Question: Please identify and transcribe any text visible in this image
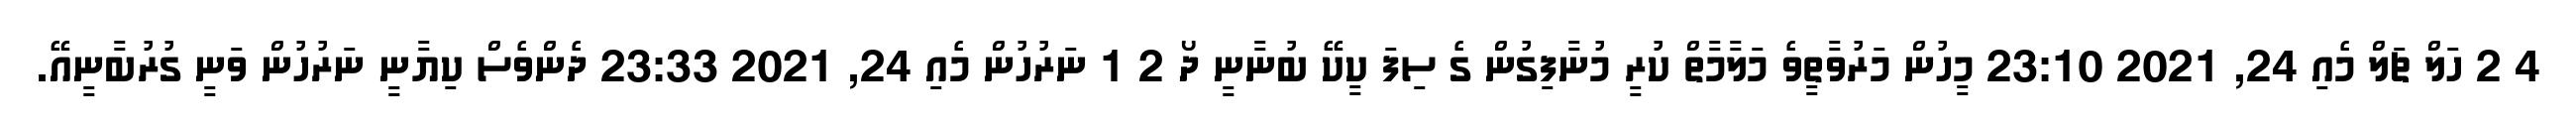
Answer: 4 2 ހަލް ޗަލް މެއި 24, 2021 23:10 މީހުން މަރުވާތީވެ މަލާމާތް ކުރީ މުނާފިގުން ގެ ސިފަ ކީކޭ ބުނާނީ ދޯ 2 1 ނަރުހުން މެއި 24, 2021 23:33 ދެންވެސް ކިޔާނީ ނަރުހުން ވަނީ ގުރުބާނީއޭ.